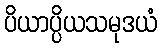
ပိယာပ္ပိယသမုဒယံ